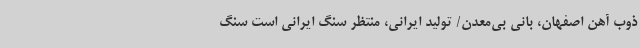
ذوب آهن اصفهان، بانی بی‌معدن/ تولید ایرانی، منتظر سنگ ایرانی است سنگ